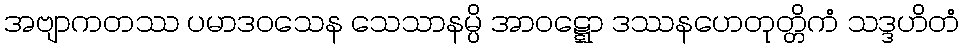
အဗျာကတဿ ပမာဒဝသေန သေသာနမ္ပိ အာဝဋ္ဋော ဒဿနဟေတုတ္တိကံ သဒ္ဒဟိတံ